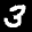
Label: 3